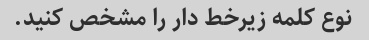
نوع کلمه زیرخط دار را مشخص کنید.